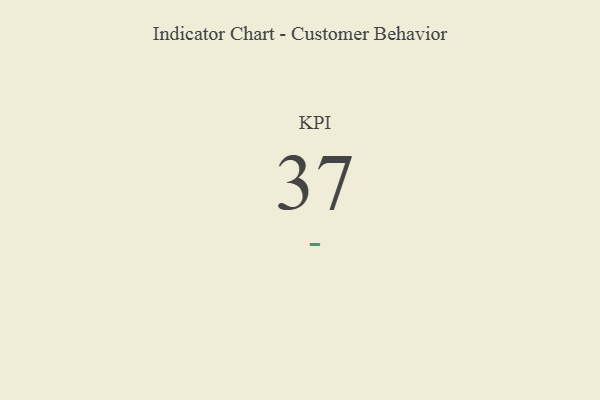
{"axis": {"x": "KPI", "y": "Value"}, "legend": [""], "data": [{"x": "KPI", "y": 37, "type": ""}]}